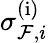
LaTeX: \sigma_{\mathcal{F},i}^{(\mathrm{i})}